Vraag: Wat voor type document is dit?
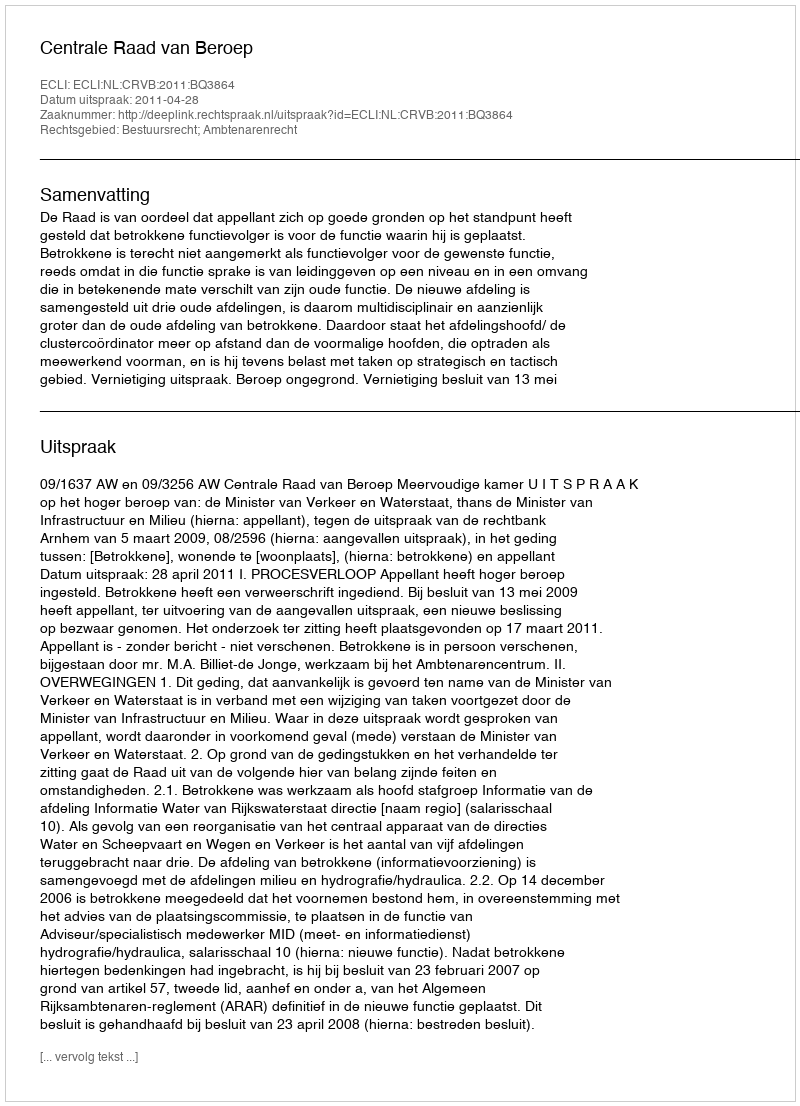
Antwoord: Uitspraak